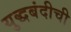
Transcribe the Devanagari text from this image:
युद्धबंदीची